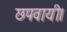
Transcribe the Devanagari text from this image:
छपवायी।